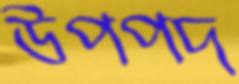
উপপদ